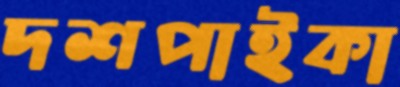
দশপাইকা